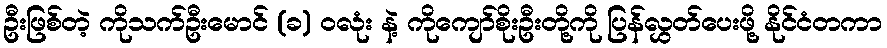
ဦးဖြစ်တဲ့ ကိုသက်ဦးမောင် (ခ) ဝလုံး နဲ့ ကိုကျော်စိုးဦးတို့ကို ပြန်လွှတ်ပေးဖို့ နိုင်ငံတကာ